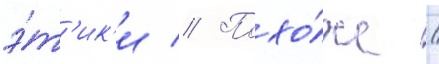
э́т'ик'и // Похо́же /